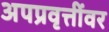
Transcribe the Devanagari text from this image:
अपप्रवृत्तींवर